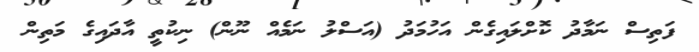
ފަތިސް ނަމާދު ކޮށްލައިގެން އަހުމަދު (އަސްލު ނަމެއް ނޫން) ނިކުތީ އާދައިގެ މަތިން